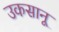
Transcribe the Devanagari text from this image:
उकसानू